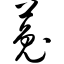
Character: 菟